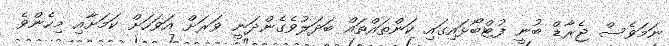
ނަމަވެސް ޖެރާޑް ބުނީ ފުޓްބޯޅައިގައި ކަންތައްތައް ބަދަލުވެގެންދަނީ ވަރަށް އަވަހަށް ކަމަށާއި މިހެންވެ